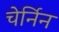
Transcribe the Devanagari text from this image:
चेर्निन